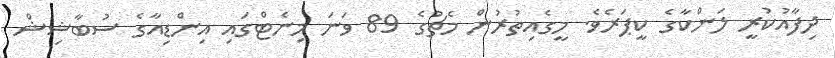
ދިފާއުކުރީ ލަންކާގެ ކީޕަރެވެ. މީގެއިތުރުން މެޗުގެ 89 ވަނަ މިނެޓްގައި އިންޑިއާގެ ސުބާޝިޝް